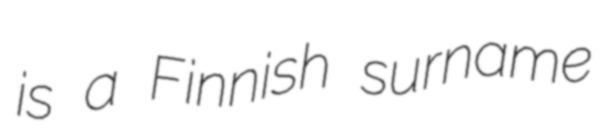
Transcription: is a Finnish surname